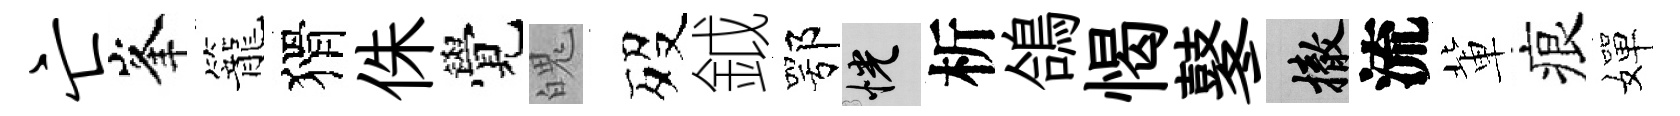
亡峯籠猾侏覺魄歿鉞鄂恍析鴿愒鼕撤流軰痕嬋